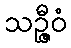
သဉ္ဇီဝံ